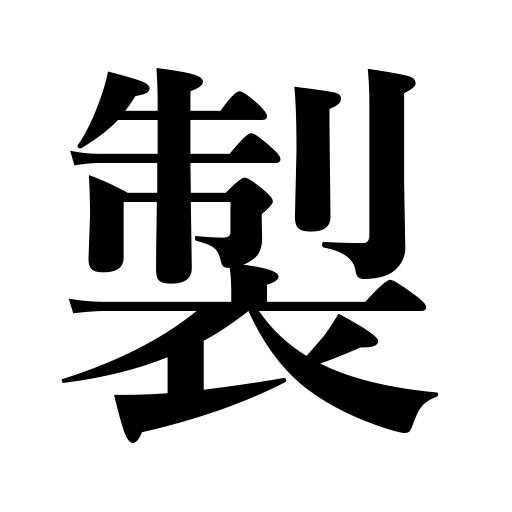
Meanings: manufacture,make